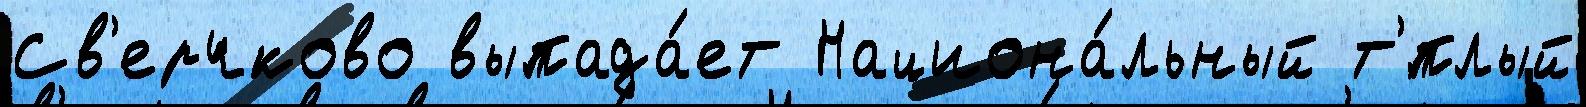
Св'ерчково выпада́ет Национа́льный т'́плый